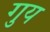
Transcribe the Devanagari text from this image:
गुय